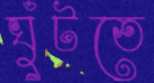
ঘুঁটতে